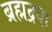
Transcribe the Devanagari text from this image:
ब्रह्मद्रवा